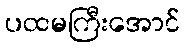
ပထမကြီးအောင်